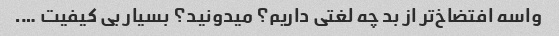
واسه افتضاخ‌تر از بد چه لغتی داریم؟ میدونید؟ بسیار بی کیفیت ….